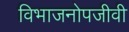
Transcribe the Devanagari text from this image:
विभाजनोपजीवी